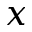
\boldsymbol { x }